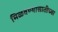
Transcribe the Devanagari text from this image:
मिळवण्यासाठीच्या